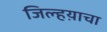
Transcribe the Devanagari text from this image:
जिल्हय़ाचा